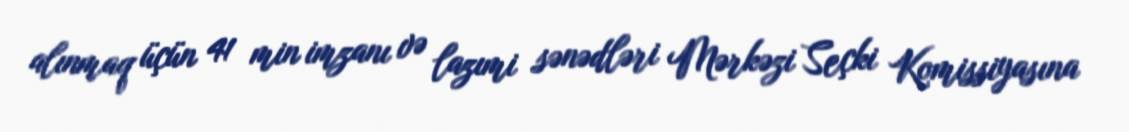
alınmaq üçün 41 min imzanı və lazımi sənədləri Mərkəzi Seçki Komissiyasına